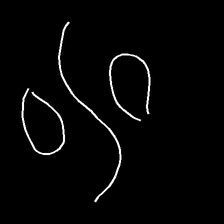
Glyph: water